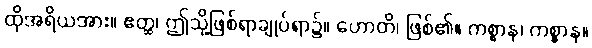
ထိုအရိယအား။ ဧတ္ထ၊ ဤသို့ဖြစ်ရာချုပ်ရာ၌။ ဟောတိ၊ ဖြစ်၏။ ကစ္စာန၊ ကစ္စာန။